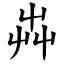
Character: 芔